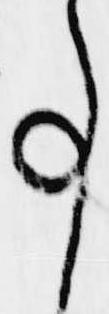
事